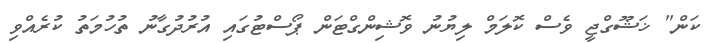
ކަން" ޚަޝޫގްޖީ ވެސް ކޮލަމް ލިޔުނު ވޮޝިންގްޓަން ޕޯސްޓުގައި އުރުދުގާނު ތުހުމަތު ކުރެއްވި